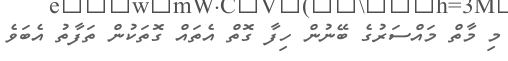
މި މާތް މައްސަރުގެ ބޭނުން ހިފާ ގޮތް އެތައް ގޮތަކުން ތަފާތު އެބަވެ